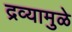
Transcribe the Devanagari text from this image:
द्रव्यामुळे